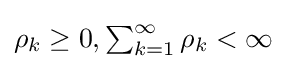
{\textstyle \rho _{k}\geq 0,\sum _{k=1}^{\infty }\rho _{k}<\infty }